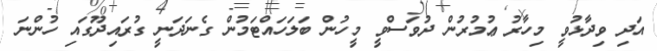
އަދި ވިދާޅުވީ މިހާރު ޢުމުރުން ދުވަސްވީ މީހުން ބަލަހައްޓަމުން ގެނަދަނީ ގުރައިދޫގައި ހުންނަ